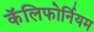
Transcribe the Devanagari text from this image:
कॅलिफोर्नियम